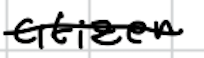
Text: citizen
Cross-out: single-line
Writing tool: digital_black